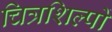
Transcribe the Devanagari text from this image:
चित्रशिल्पों